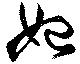
妃